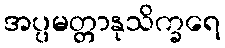
အပ္ပမတ္တာနုသိက္ခရေ